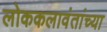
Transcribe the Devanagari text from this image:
लोककलावंतांच्या